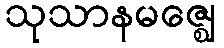
သုသာနမဇ္ဈေ